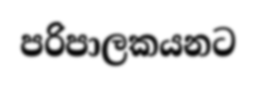
පරිපාලකයනට